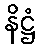
နိဋ္ဌံ